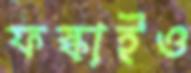
ফস্‌কাইও